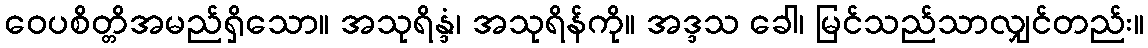
ဝေပစိတ္တိအမည်ရှိသော။ အသုရိန္ဒံ၊ အသုရိန်ကို။ အဒ္ဒသ ခေါ၊ မြင်သည်သာလျှင်တည်း။